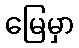
မြေမှာ